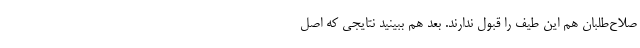
صلاح‌طلبان هم این طیف را قبول ندارند. بعد هم ببینید نتایجی که اصل